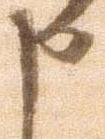
申